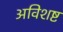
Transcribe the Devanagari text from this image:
अविशष्ट